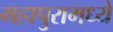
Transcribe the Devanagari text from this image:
महापुरामध्ये